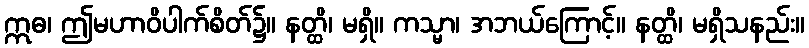
ဣဓ၊ ဤမဟာဝိပါက်စိတ်၌။ နတ္ထိ၊ မရှိ။ ကသ္မာ၊ အဘယ်ကြောင့်။ နတ္ထိ၊ မရှိသနည်း။